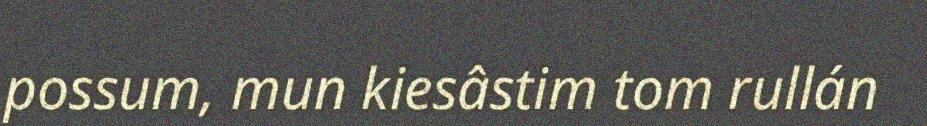
possum, mun kiesâstim tom rullán